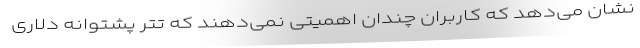
نشان می‌دهد که کاربران چندان اهمیتی نمی‌دهند که تتر پشتوانه دلاری